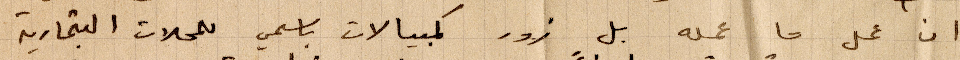
ان عمل ما عمله بل زور كمبيالات باسمي للمحلات التجارية